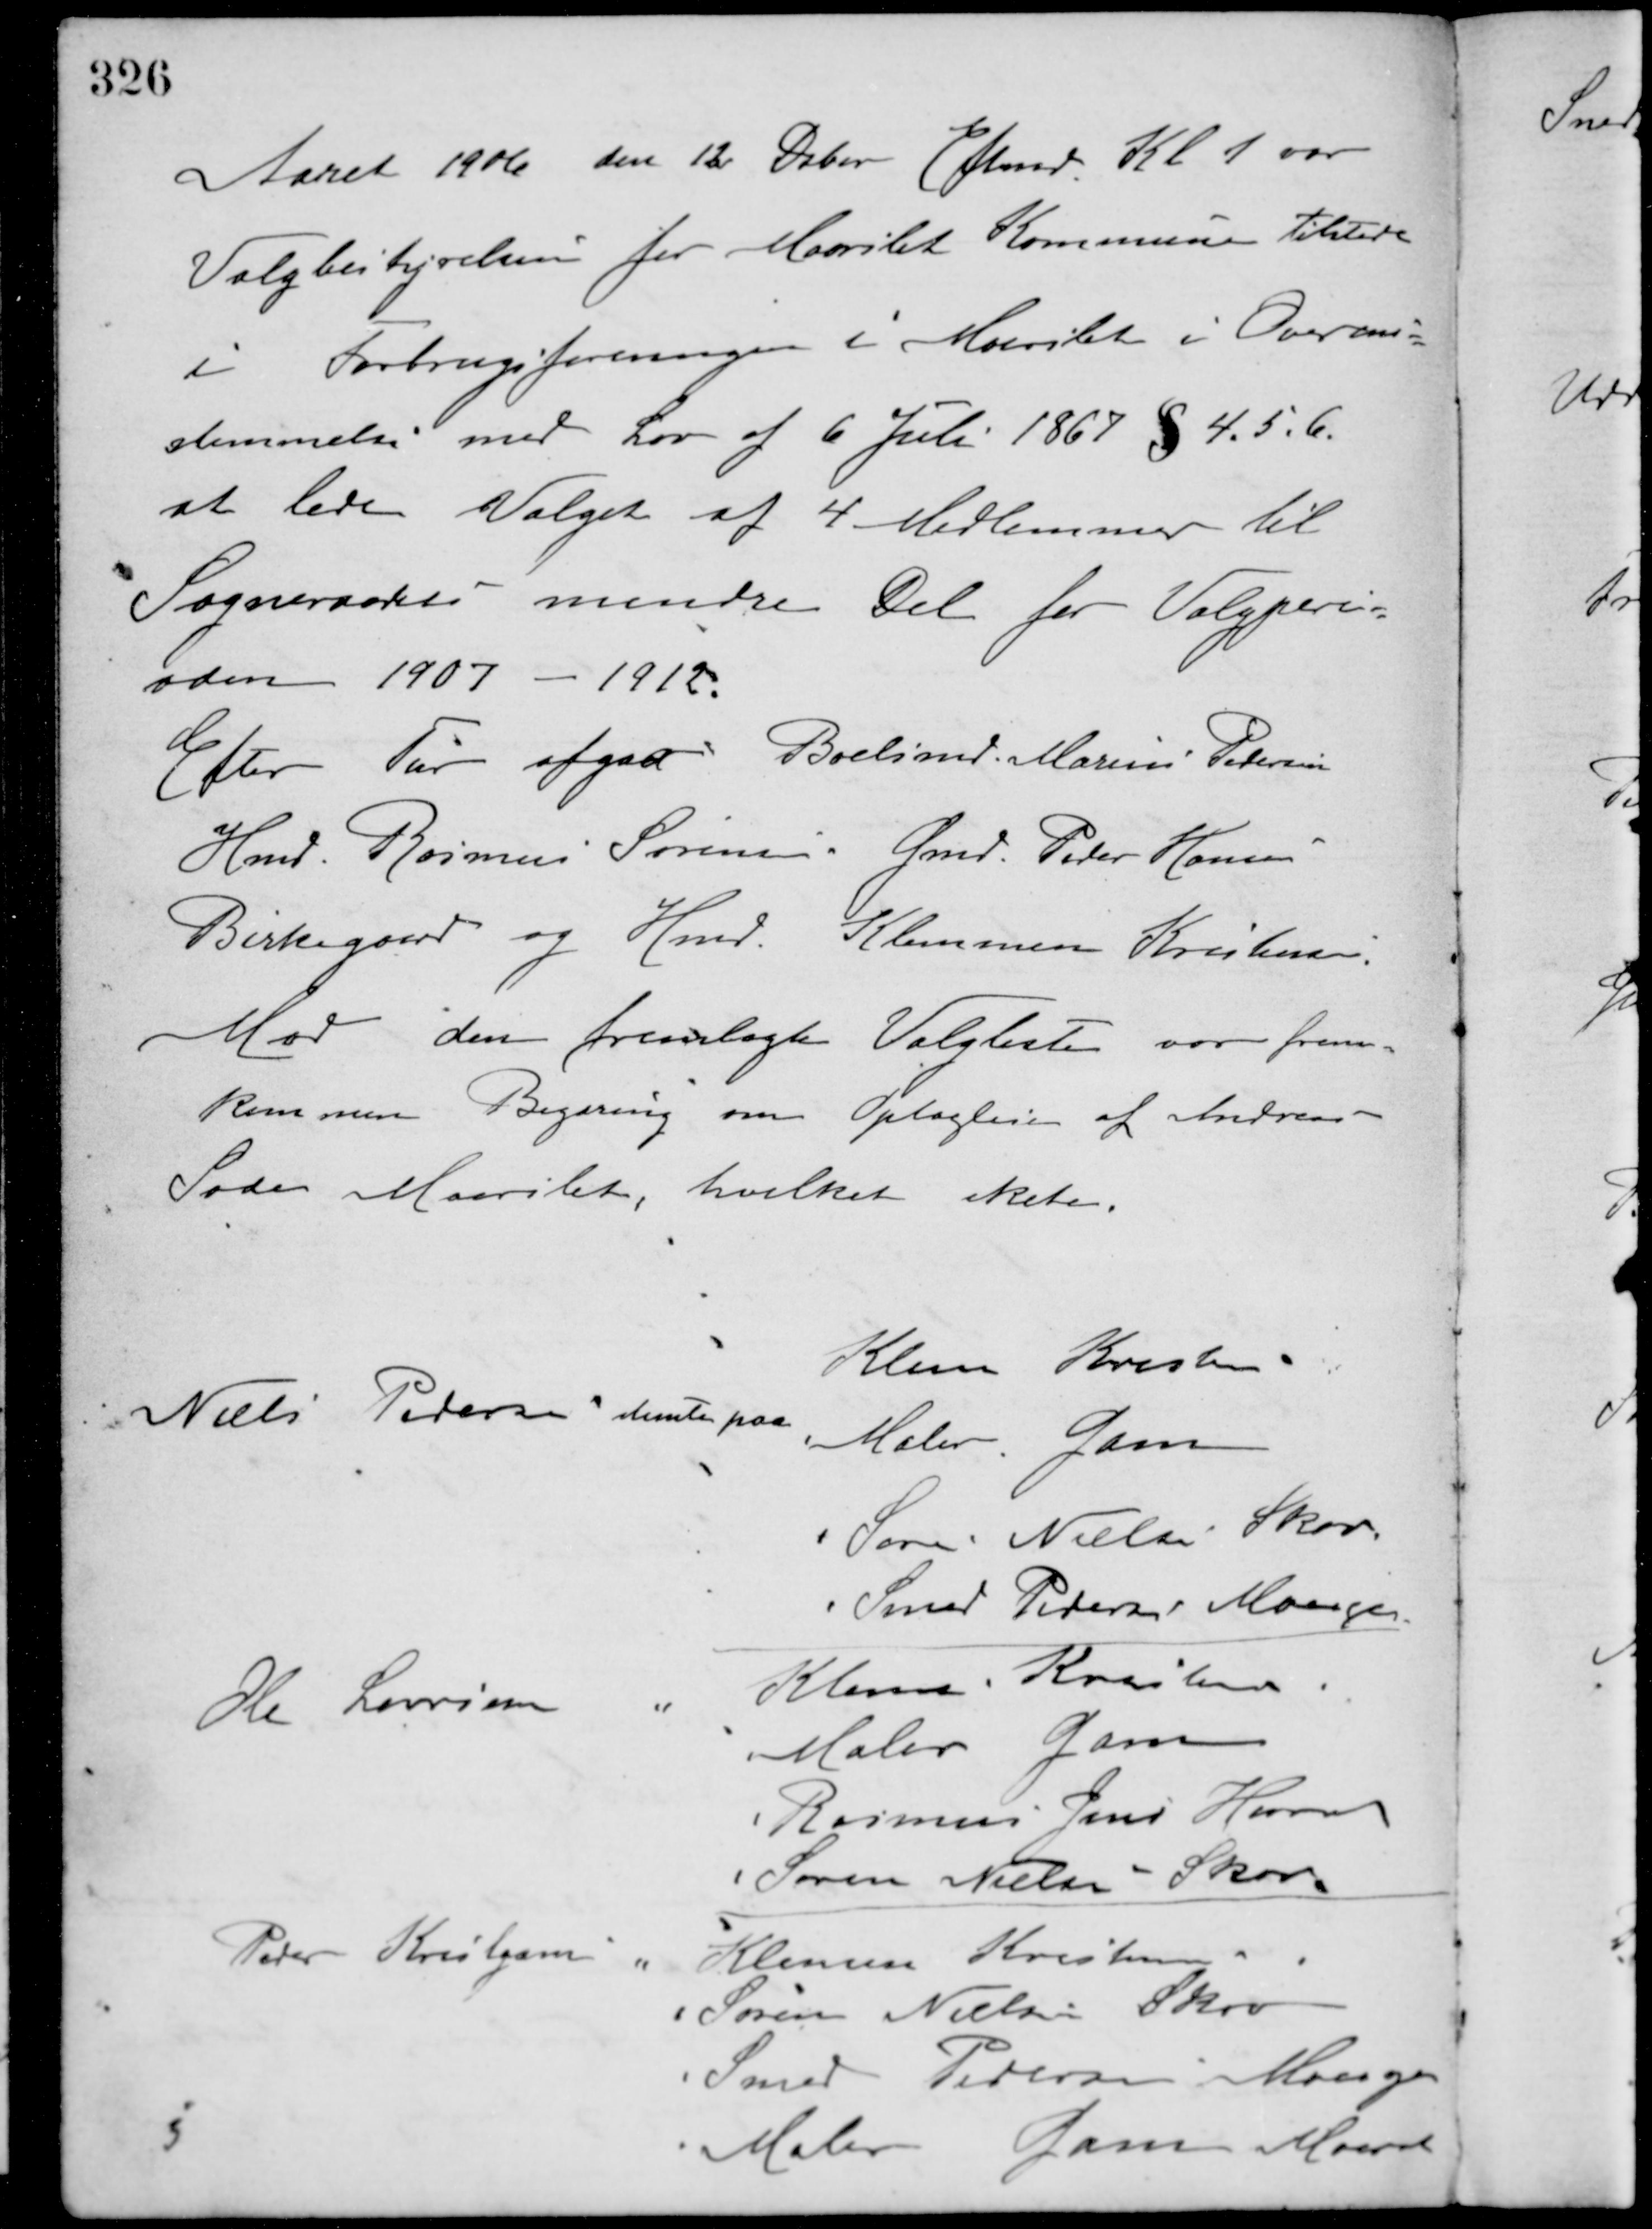
Transskription:
Aaret 1906 den 12 Deber. Eftmd. Kl 1 var
Valgbestyrelsen for Maarslet Kommune tilstede
i Forbrugsforeningen i Maarslet i Overens-
stemmelse med Lov af 6 Juli 1867 § 4. 5. 6.
at lede Valget af 4 Medlemmer til
Sogneraadets mindre Del for Valgperi-
oden 1907 - 1912.
Efter Tur afgav Boelsmd. Marius Petersen
Hmd. Rasmus Sørensen Gmd. Peder Hansen
Birkegaard og Hmd. Klemmen Kristensen
Mod den fremlagte Valgliste var frem-
kommen Begæring om Oplaglese af Andreas
Sode Maarslet, hvilket skete.
Niels Pedersen stemte paa
Klemen Kristensen
Maler Gam
Søren Nielsen Skov
Smed Pedersen Moesgaard
Ole Laursen "
Klemen Kristensen
Maler Gam
Rasmus Jens Hansen
Søren Nielsen Skov
Peter Kristiansen "
Klemen Kristensen
Søren Nielsen Skov
Smed Pedersen Moesgaard
Maler Gam Maarslet
5